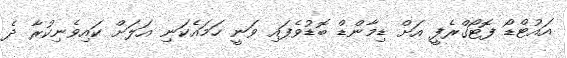
އައުޓްޑޯ ފޮޓޯގްރެފީ އަށް ޑިމާންޑް ބޮޑުވެފައި ވަނީ ހަމައެކަނި އަލަށް ކައިވެނިކުރާ ދެ